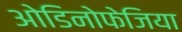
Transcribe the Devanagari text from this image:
ओडिनोफेजिया